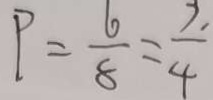
P = \frac { 6 } { 8 } = \frac { 7 . } { 4 }